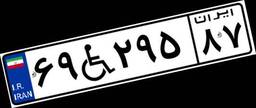
۶۹W۲۹۵۸۷